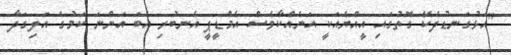
"އަޅުގަނޑުދެކޭ ގޮތުގައި އީއްޔެއަކީ އަނެއްކާވެސް އެމްޑީޕީ އެނބުރި އެބަ އަންނަ ކަމުގެ އަލިގަދާ